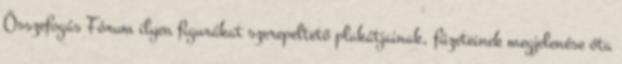
Összefogás Fórum ilyen figurákat szerepeltető plakátjainak, füzeteinek megjelenése óta